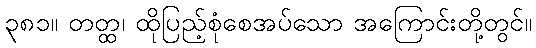
၃၈၁။ တတ္ထ၊ ထိုပြည့်စုံစေအပ်သော အကြောင်းတို့တွင်။